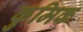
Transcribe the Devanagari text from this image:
कुमिक